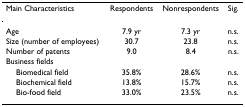
| Main Characteristics | Respondents | Nonrespondents | Sig. |
 | --- | --- | --- | --- |
 | Age | 7.9 yr | 7.3 yr | n.s. |
 | Size (number of employees) | 30.7 | 23.8 | n.s. |
 | Number of patents | 9.0 | 8.4 | n.s. |
 | Business fields |  |  |  |
 | Biomedical field | 35.8% | 28.6% | n.s. |
 | Biochemical field | 13.8% | 15.7% | n.s. |
 | Bio-food field | 33.0% | 23.5% | n.s. |